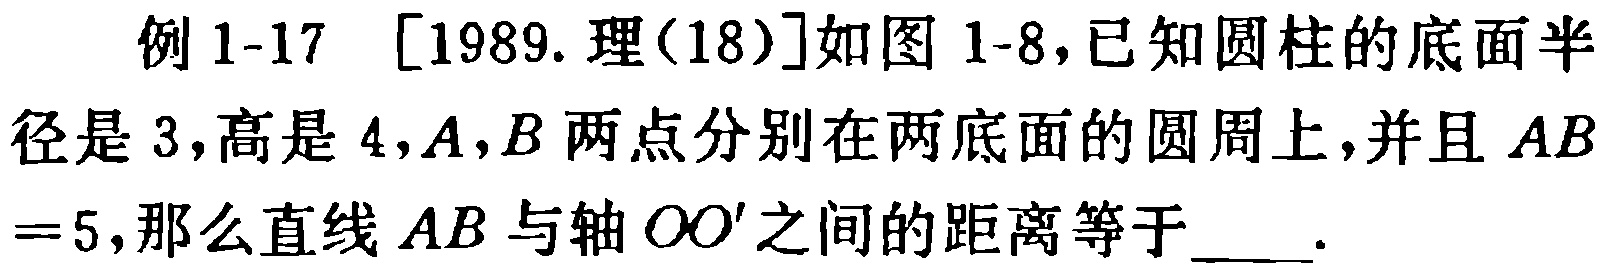
例1-17 [1989.理(18)]如图1-8,已知圆柱的底面半径是3,高是4,$A,B$两点分别在两底面的圆周上,并且$AB = 5$,那么直线$AB$与轴$OO'$之间的距离等于___.